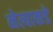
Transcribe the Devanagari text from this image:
नेत्याकडे